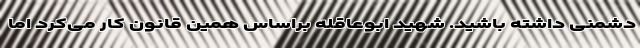
دشمنی داشته باشید. شهید ابوعاقله براساس همین قانون کار می‌کرد اما